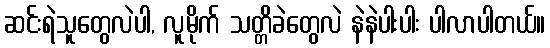
ဆင်းရဲသူတွေလဲပါ, လူမိုက် သတ္တိခဲတွေလဲ နဲနဲပါးပါး ပါလာပါတယ်။